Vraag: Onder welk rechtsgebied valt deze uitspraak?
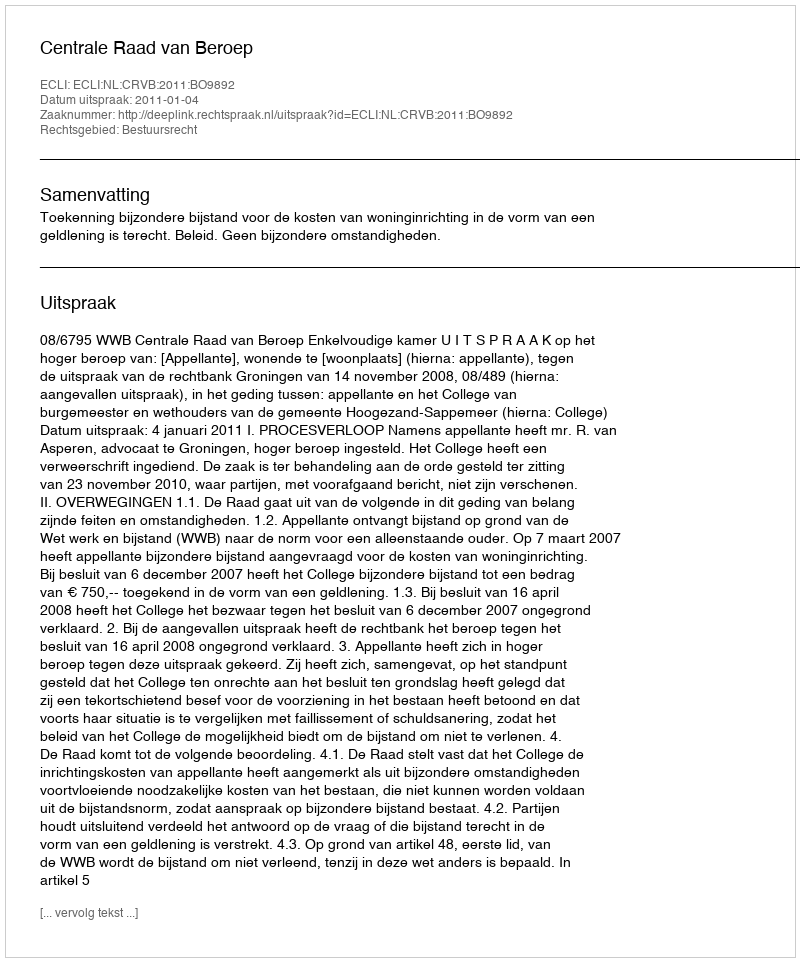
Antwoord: Bestuursrecht